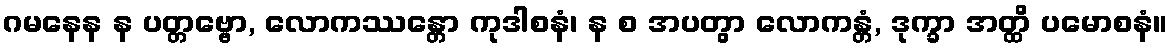
ဂမနေန န ပတ္တဗ္ဗော, လောကဿန္တော ကုဒါစနံ၊ န စ အပတွာ လောကန္တံ, ဒုက္ခာ အတ္ထိ ပမောစနံ။